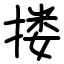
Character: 搂